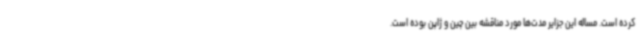
کرده است. مساله این جزایر مدت‌ها مورد مناقشه بین چین و ژاپن بوده است.